Vaccination in Bombay 1874-1876 - 1874-1876
Year: 1874
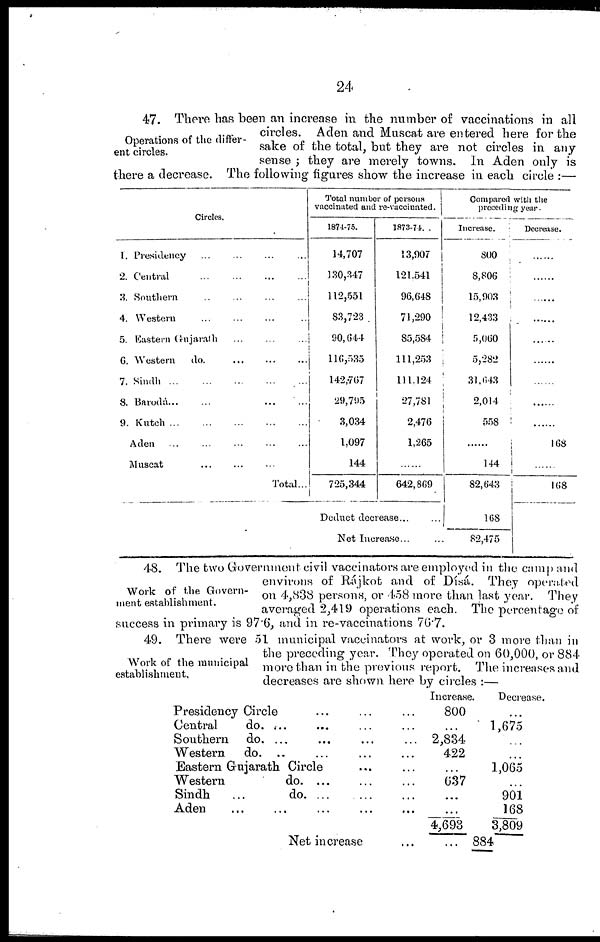
24
Operations of the differ-
ent circles.
47. There has been an increase in the number of vaccinations in all
circles. Aden and Muscat are entered here for the
sake of the total, but they are not circles in any
sense ; they are merely towns. In Aden only is
there a decrease. The following figures show the increase in each circle :—
Circles.
1. Presidency
...
...
...
...
2. Central
...
...
...
...
3. Southern ... ... ... ...
4. Western
...
...
...
...
5. Eastern Gujarath ... ...
6. Western
do.
...
...
7. Sindh ... ... ... ...
8. Barodá ... ... ... ...
9. Kutch
...
...
...
...
Aden ... ... ... ...
Muscat
...
...
...
Total...
Total number of persons
vaccinated and re-vaccinated.
1874-75.
14,707
130,347
112,551
83,723
90,644
116,535
142,767
29,795
3,034
1,097
144
725,344
1873-74.
13,907
121,541
96,648
71,290
85,584
111,253
111,124
27,781
2,476
1,265
......
642,869
Deduct decrease... ...
Net Increase...
Compared with the
preceding year.
Increase.
800
8,806
15,903
12,433
5,060
5,282
31,643
2,014
558
......
144
82,643
168
82,475
Decrease.
......
......
......
......
......
......
......
......
......
168
......
168
Work of the Govern-
ment establishment.
48. The two Government civil vaccinators are employed in the camp and
environs of Rájkot and of Dísá. They operated
on 4,838 persons, or 458 more than last year. They
averaged 2,419 operations each. The percentage of
success in primary is 97.6, and in re-vaccinations 76.7.
Work of the municipal
establishment.
49. There were 51 municipal vaccinators at work, or 3 more than in
the preceding year. They operated on 60,000, or 884
more than in the previous report. The increases and
decreases are shown here by circles :—
Presidency Circle
Central
do. ... ... ...
Southern
do. ... ... ... ...
Western
do. .. ... ... ...
Eastern Gurjarath Circle ... ...
Western
do. ... ...
Sindh
...
do. ... ...
Aden ... ... ... ...
Net increase
Increase
800
...
2,834
422
...
637
...
...
4,693
...
Decrease.
...
1,675
...
...
1,065
...
901
168
3,809
884